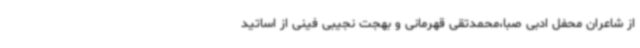
از شاعران محفل ادبی صبا،محمدتقی قهرمانی و بهجت نجیبی فینی از اساتید